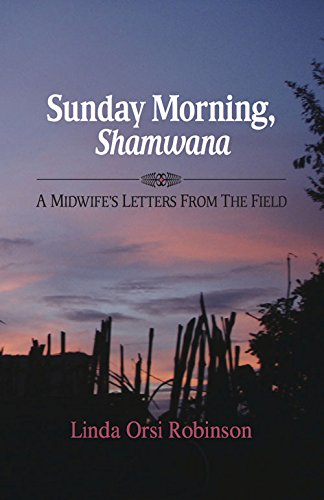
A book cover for Sunday Morning Shamwana: A Midwife's Letters from the Field; Linda Orsi Robinson; Business & Money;